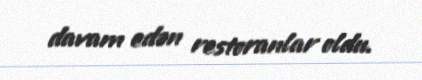
davam edən restoranlar oldu.